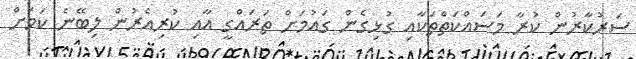
ސަރުކާރުން ކުރާ މަސައްކަތްތަކާއި ގުޅިގެން ގައުމަށް ތަރައްގީ އާއި ކުރިއެރުން ލިބޭނެ ކަމަށް